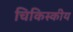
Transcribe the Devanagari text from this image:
चिकिस्कीय